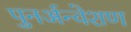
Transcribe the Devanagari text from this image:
पुनर्अन्वेशण